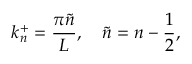
k _ { n } ^ { + } = \frac { \pi \tilde { n } } { L } , \quad \tilde { n } = n - \frac { 1 } { 2 } ,